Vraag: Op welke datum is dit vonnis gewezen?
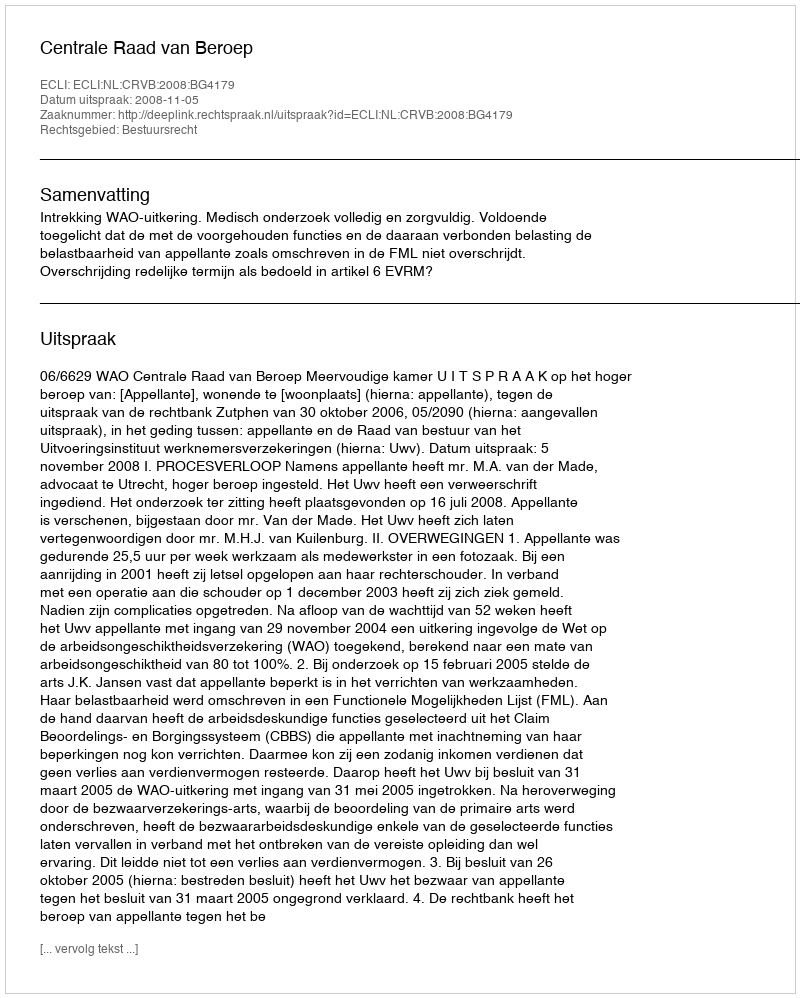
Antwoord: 2008-11-05